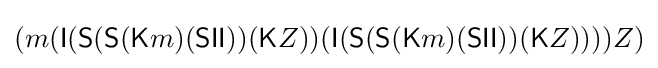
(m({\textsf {I}}({\textsf {S}}({\textsf {S}}({\textsf {K}}m)({\textsf {S}}{\textsf {I}}{\textsf {I}}))({\textsf {K}}Z))({\textsf {I}}({\textsf {S}}({\textsf {S}}({\textsf {K}}m)({\textsf {S}}{\textsf {I}}{\textsf {I}}))({\textsf {K}}Z))))Z)